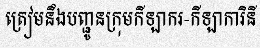
ត្រៀមនឹងបញ្ជូនក្រុមកីឡាករ-កីឡាការិនី